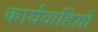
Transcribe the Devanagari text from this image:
कार्यवाहिय़ों